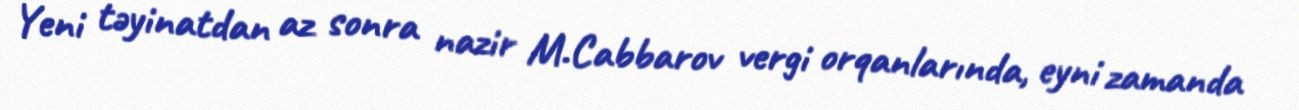
Yeni təyinatdan az sonra nazir M.Cabbarov vergi orqanlarında, eyni zamanda